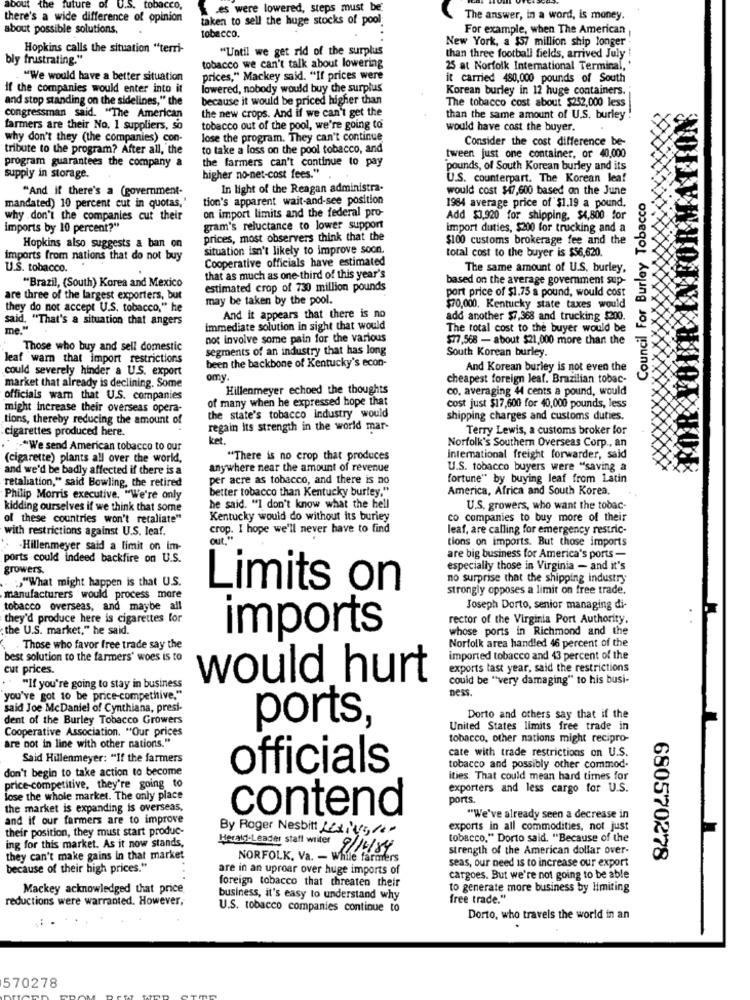
about the
future of U.S. tobacco,
Kes were lowered, steps must be
there's a wide difference of opinion
taken to sell the huge stocks of pool
The answer, in a word, is money.
about possible solutions.
For example, when The American
tobacco.
Hopkins calls the situation "terri-
"Until we get rid of the surplus
New York, a $57 million ship longer
bly frustrating."
than three football fields, arrived July !
tobacco we can't talk about lowering
25 at Norfolk International Terminal,'
"We would have a better situation
prices," Mackey said. "If prices were
it carried 480,000 pounds of South
if the companies would enter into it
lowered, nobody would buy the surplus
Korean burley in 12 huge containers.
and stop standing on the sidelines," the
because it would be priced higher than
The tobacco cost about $252,000 less
the new crops. And if we can't get the
congressman said. "The American
than the same amount of U.S. burley !
farmers are their No. 1 suppliers, so
tobacco out of the pool, we're going to
would have cost the buyer.
why don't they (the companies) con-
lose the program. They can't continue
Consider the cost difference be-
tribute to the program? After all, the
to take a loss on the pool tobacco, and
the farmers can't continue to pay
tween just one container, or 40,000
program guarantees the company a
pounds, of South Korean burley and its
FORMA
supply in storage.
higher no-net-cost fees."
U.S. counterpart. The Korean lea!
"And if there's a (government-
In light of the Reagan administra.
would cost $47,600 based on the June
mandated) 10 percent cut in quotas,'
tion's apparent wait-and-see position
1984 average price of $1.19 a pound.
Council For Burley Tobacco
on import limits and the federal pro-
why .don't the companies cut their
Add $3,920 for shipping, $4,800 for
imports by 10 percent?"
gram's reluctance to lower support
import duties, $200 for trucking and a
prices, most observers think that the
$100 customs brokerage fee and the
Hopkins also suggests a ban on
situation isn't likely to improve soon.
total cost to the buyer is $56,620.
imports from nations that do not buy
Cooperative officials have estimated
U.S. tobacco.
The same amount of U.S. burley,
that as much as one third of this year's
based on the average government sup-
"Brazil, (South) Korea and Mexico
estimated crop of 730 million pounds
are three of the largest exporters, but
may be taken by the pool.
port price of $1.75 a pound, would cost
they do not accept U.S. tobacco," he
$70,000, Kentucky state taxes would
said, "That's a situation that angers
And it appears that there is no
add another $7,368 and trucking $200.
me .
immediate solution in sight that would
The total cost to the buyer would be
not involve some pain for the various
$77,568 - about $21,000 more than the
Those who buy and sell domestic
segments of an industry that has long
South Korean burley.
xx
leaf warn that import restrictions
could severely hinder a U.S. export
been the backbone of Kentucky's econ-
And Korean burley is not even the
market that already is declining. Some
omy.
cheapest foreign leaf. Brazilian tobac-
Hillenmeyer echoed the thoughts
co. averaging 44 cents a pound, would
officials wam that U.S. companies
of many when he expressed hope that
might increase their overseas opera-
cost just $17,600 for 40,000 pounds, less
tions, thereby reducing the amount of
the state's tobacco Industry would
shipping charges and customs duties.
cigarettes produced here.
regain Its strength in the world mar-
Terry Lewis, a customs broker for
ket
Norfolk's Southern Overseas Corp ., an
"We send American tobacco to our
(cigarette) plants all over the world,
"There is no crop that produces
international freight forwarder, said
and we'd be badly affected if there is a
anywhere near the amount of revenue
U.S. tobacco buyers were "saving a
per acre as tobacco, and there is no
fortune" by buying leaf from Latin
retaliation," said Bowling, the retired
better tobacco than Kentucky burley."
America, Africa and South Korea.
Philip Morris executive. "We're only
kidding ourselves if we think that some
he said. "I don't know what the hell
U.S. growers, who want the tobac-
of these countries won't retaliate"
Kentucky would do without its burley
co companies to buy more of their
with restrictions against U.S. leaf.
crop. I hope we'll never have to find
leaf, are calling for emergency restric-
out."
tions on imports. But those imports
Hillenmeyer said a limit on im-
ports could indeed backfire on U.S.
are big business for America's ports -
growers.
especially those in Virginia - and it's
5"What might happen is that U.S.
no surprise that the shipping industry
Limits on
strongly opposes a limit on free trade.
manufacturers would process more
tobacco overseas, and maybe all
Joseph Dorto, senior managing di-
they'd produce here is cigarettes for
rector of the Virginia Port Authority,
the U.S. market," he said.
whose ports in Richmond and the
imports
Norfolk area handled 46 percent of the
Those who favor free trade say the
best solution to the farmers' woes is to
imported tobacco and 43 percent of the
cut prices.
exports last year, said the restrictions
would hurt
could be "very damaging" to his busi-
"If you're going to stay in business
ness
you've got 10 be price-competitive."
said Joe McDaniel of Cynthiana, presi-
dent of the Burley Tobacco Growers
ports,
Dorto and others say that if the
Cooperative Association. "Our prices
United States limits free trade in
tobacco, other nations might recipro-
are not in line with other nations."
Said Hillenmeyer: "If the farmers
cate with trade restrictions on U.S.
don't begin to take action to become
officials
tobacco and possibly other commod-
ities. That could mean hard times for
price-competitive, they're going to
exporters and less cargo for U.S.
lose the whole market. The only place
ports.
the market is expanding is overseas,
contend
and if our farmers are to improve
"We've already seen a decrease in
their position, they must start produc-
By Roger Nesbitt Lexivs/20
exports in all commodities, not just
tobacco." Dorto said. "Because of the
ing for this market. As it now stands,
Heratt-Leader statt wiiter //xy
strength of the American dollar over-
they can't make gains in that market
NORFOLK, Va. - While farmers
seas, our need is to increase our export
680570278
because of their high prices."
are in an uproar over huge imports of
cargoes. But we're not going to be able
Mackey acknowledged that price
foreign tobacco that threaten their
to generate more business by limiting
reductions were warranted. However,
business, it's easy to understand why
free trade."
U.S. tobacco companies continue to
Dorto, who travels the world in an
570278